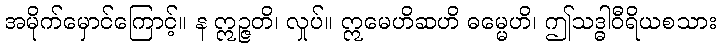
အမိုက်မှောင်ကြောင့်။ န ဣဉ္ဇတိ၊ လှုပ်။ ဣမေဟိဆဟိ ဓမ္မေဟိ၊ ဤသဒ္ဓါဝီရိယစသား